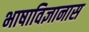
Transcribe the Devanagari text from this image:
भाषाविज्ञानास